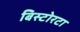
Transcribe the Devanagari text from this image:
बिस्टोरटा